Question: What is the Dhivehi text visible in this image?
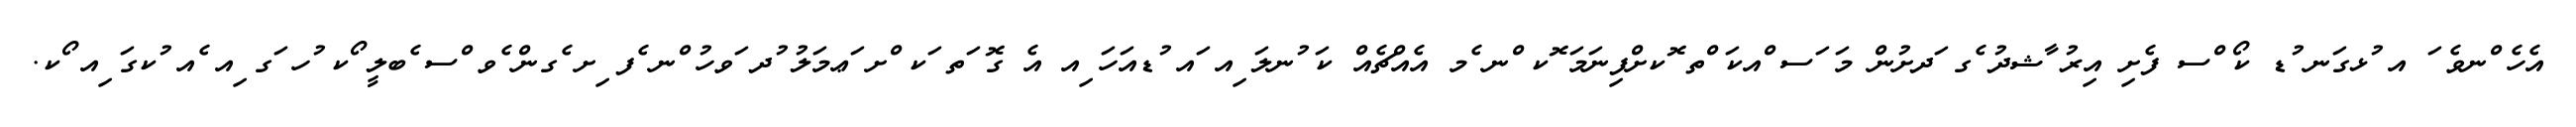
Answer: އެހެ ްނވެ ަ އ ުޅގަނ ުޑ ކޯ ްސ ފެށި އިރު ާޝދު ެގ ަދށުން މަ ަސ ްއކަ ްތ ޮކށްފިނަމަ ޮކ ްނ ެމ އެއްޗެއް ކަ ުނލަ ިއ ައ ުޑއަހަ ިއ އެ ގޮ ަތ ަކ ްށ ަޢމަލު ުދ ަވހު ްނ ެފ ިށ ެގން ެވ ްސ ެބލީ ޯކ ުހ ަގ ިއ ެއ ުކގަ ިއ ޯކ.